Report on vaccination in Madras 1904-1921 - 1904-1921
Year: 1904
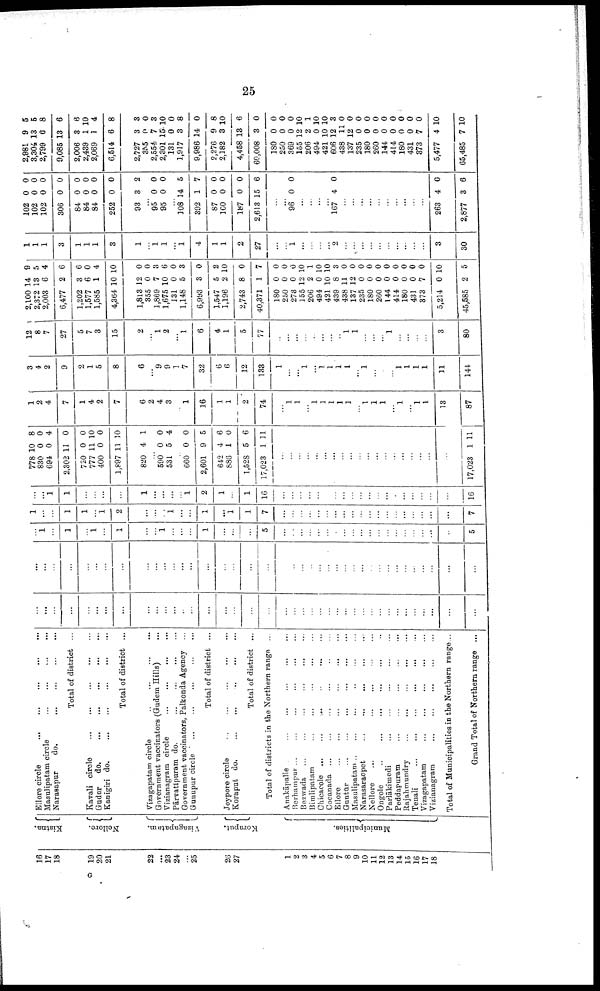
25
16
17
18
19
20
21
22
...
23
24
...
25
26
27
1
2
3
4
5
6
7
8
9
10
11
12
13
14
15
16
17
18
Kistna.
Nellore.
Vizagapatam.
Koraput.
Municipalities.
Ellore circle
...
...
...
...
...
Masulipatam circle ... ... ... ...
Narasapur
do. ... ... ... ...
Total of district ...
Kavali circle
...
...
...
...
...
Gudur
do.
...
...
...
...
...
Kanigiri do.
...
...
...
...
...
Total of district ...
Vizagapatam circle
...
...
...
...
Government vaccinators (Gudem Hills) ...
Vizianagram circle
...
...
...
...
Pārvatīpuram do.
...
...
...
...
Government vaccinators, Palkonda Agency ...
Gunupur circle
...
...
...
...
...
Total of district ...
Jeypore circle
...
...
...
...
...
Koraput do.
...
...
...
...
Total of district ...
Total of districts in the Northern range ...
Anakāpalle ... ... ... ... ...
Berhampur ... ... ... ... ... ...
Bezwada ... ... ... ... ... ...
Bimlipatam ... ... ... ... ...
Chicacole ...
...
...
...
...
...
Cocanada ... ... ... ... ... ...
Ellore
...
...
...
...
...
Guntūr
...
...
...
...
...
...
Masulipatam ... ... ... ... ... ...
Narasaraopet
...
...
...
...
...
Nellore
... ... ... ... ...
Ongole
..
...
...
...
...
Parlākimedi
...
...
...
...
...
Peddapuram
...
...
...
...
...
Rajahmundry ... ... ... ... ...
Tenali
...
...
...
...
...
Vizagapatam
...
...
...
...
...
Vizianagram
...
...
...
...
...
Total of Municipalities in the Northern range...
Grand Total of Northern range ...
...
...
...
...
...
...
...
...
...
...
...
...
...
...
...
...
...
...
...
...
...
...
...
...
...
...
...
...
...
...
...
...
...
...
...
...
...
...
...
...
...
...
...
...
...
...
...
...
...
...
...
...
...
...
...
...
...
...
...
...
...
...
...
...
...
...
...
...
...
...
...
...
...
...
...
...
...
...
...
1
...
1
...
1
...
1
...
...
1
...
...
...
1
...
...
...
5
...
...
...
...
...
...
...
...
...
...
...
...
...
...
...
...
...
...
...
5
1
...
...
1
1
...
1
2
...
...
...
1
...
...
1
...
1
1
7
...
...
...
...
...
...
...
...
...
...
...
...
...
...
...
...
...
...
...
7
...
...
1
1
...
...
...
...
1
...
...
...
...
1
2
1
...
1
16
...
...
...
...
...
...
...
...
...
...
...
...
...
...
...
...
...
...
...
16
778
830
694
2,302
720
777
400
1,897
820
10
0
0
11
0
11
0
11
4
8
0
4
0
0
10
0
10
1
...
590
531
0
5
0
4
...
660
2,601
642
886
1,528
17,023
0
9
4
1
5
1
0
5
6
0
6
11
...
...
...
...
...
...
...
...
...
...
...
...
...
...
...
...
...
...
...
17,023 1 11
1
2
4
7
1
4
2
7
6
2
4
3
...
1
16
1
1
2
74
...
1
1
...
1
1
1
1
1
...
1
1
1
...
1
...
1
1
13
87
3
4
2
9
2
1
5
8
6
...
9
9
1
7
32
6
6
12
133
1
...
...
1
...
1
1
1
1
...
1
...
...
...
1
1
1
1
11
144
12
8
7
27
5
7
3
15
2
...
1
2
...
1
6
4
1
5
77
...
...
...
...
...
...
...
...
1
1
...
...
...
1
...
...
...
...
3
80
2,100
2,372
2,003
6,477
1,202
1,577
1,585
4,364
1,813
355
1,869
1,675
131
1,148
6,993
1,547
1,196
2,743
40,371
180
250
273
155
206
494
421
439
438
137
235
180
260
144
414
180
431
373
5,214
45,585
14
13
6
2
3
6
1
10
12
0
7
10
0
5
3
5
2
8
1
0
0
0
121
2
0
10
8
11
12
0
0
0
0
0
0
0
7
0
2
9
5
4
6
6
0
4
10
0
0
3
6
0
3
0
2
10
0
7
0
0
0
10
1
10
10
3
0
0
0
0
0
0
0
0
0
0
10
5
1
1
1
3
1
1
1
3
1
...
1 1
...
1
4
1
1
2
27
...
...
1
...
...
...
...
2
...
...
...
...
...
...
...
...
...
...
3
30
102
102
102
306
84
84
84
252
93
0
0
0
0
0
0
0
0
3
0 0
0
0
0
0
0
0
2
...
95
95
0
0
0
0
...
108
392
87
100
187
2,613
14
1
0
0
0
15
5
7
0
0
0
6
...
...
96 0 0
...
...
...
...
167 4 0
...
...
...
...
...
...
...
...
...
...
263
2,877
4
3
0
6
2,981
3,304
2,799
9,085
2,006
2,439
2,069
6,514
2,727
355
2,554
2,301
131
1,917
9,986
2,276
2,182
4,458
60,008
180
250
369
155
206
494
421
606
438
137
235
180
260
144
414
180
431
373
5,477
65,485
9
13
6
13
3
1
1
6
3
0
7
15
0
3
14
9
3
13
3
0
0
0
12
2
0
10
12
11
12
0
0
0
0
0
0
0
7
4
7
5
5
8
6
6
10
4
8
3
0
3
10
0
8
0
8
10
6
0
0
0
0
10
1
10
10
3
0
0
0
0
0
0
0
0 0
0
10
10
G